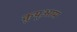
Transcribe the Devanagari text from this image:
कुयूआम